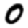
Digit: 0